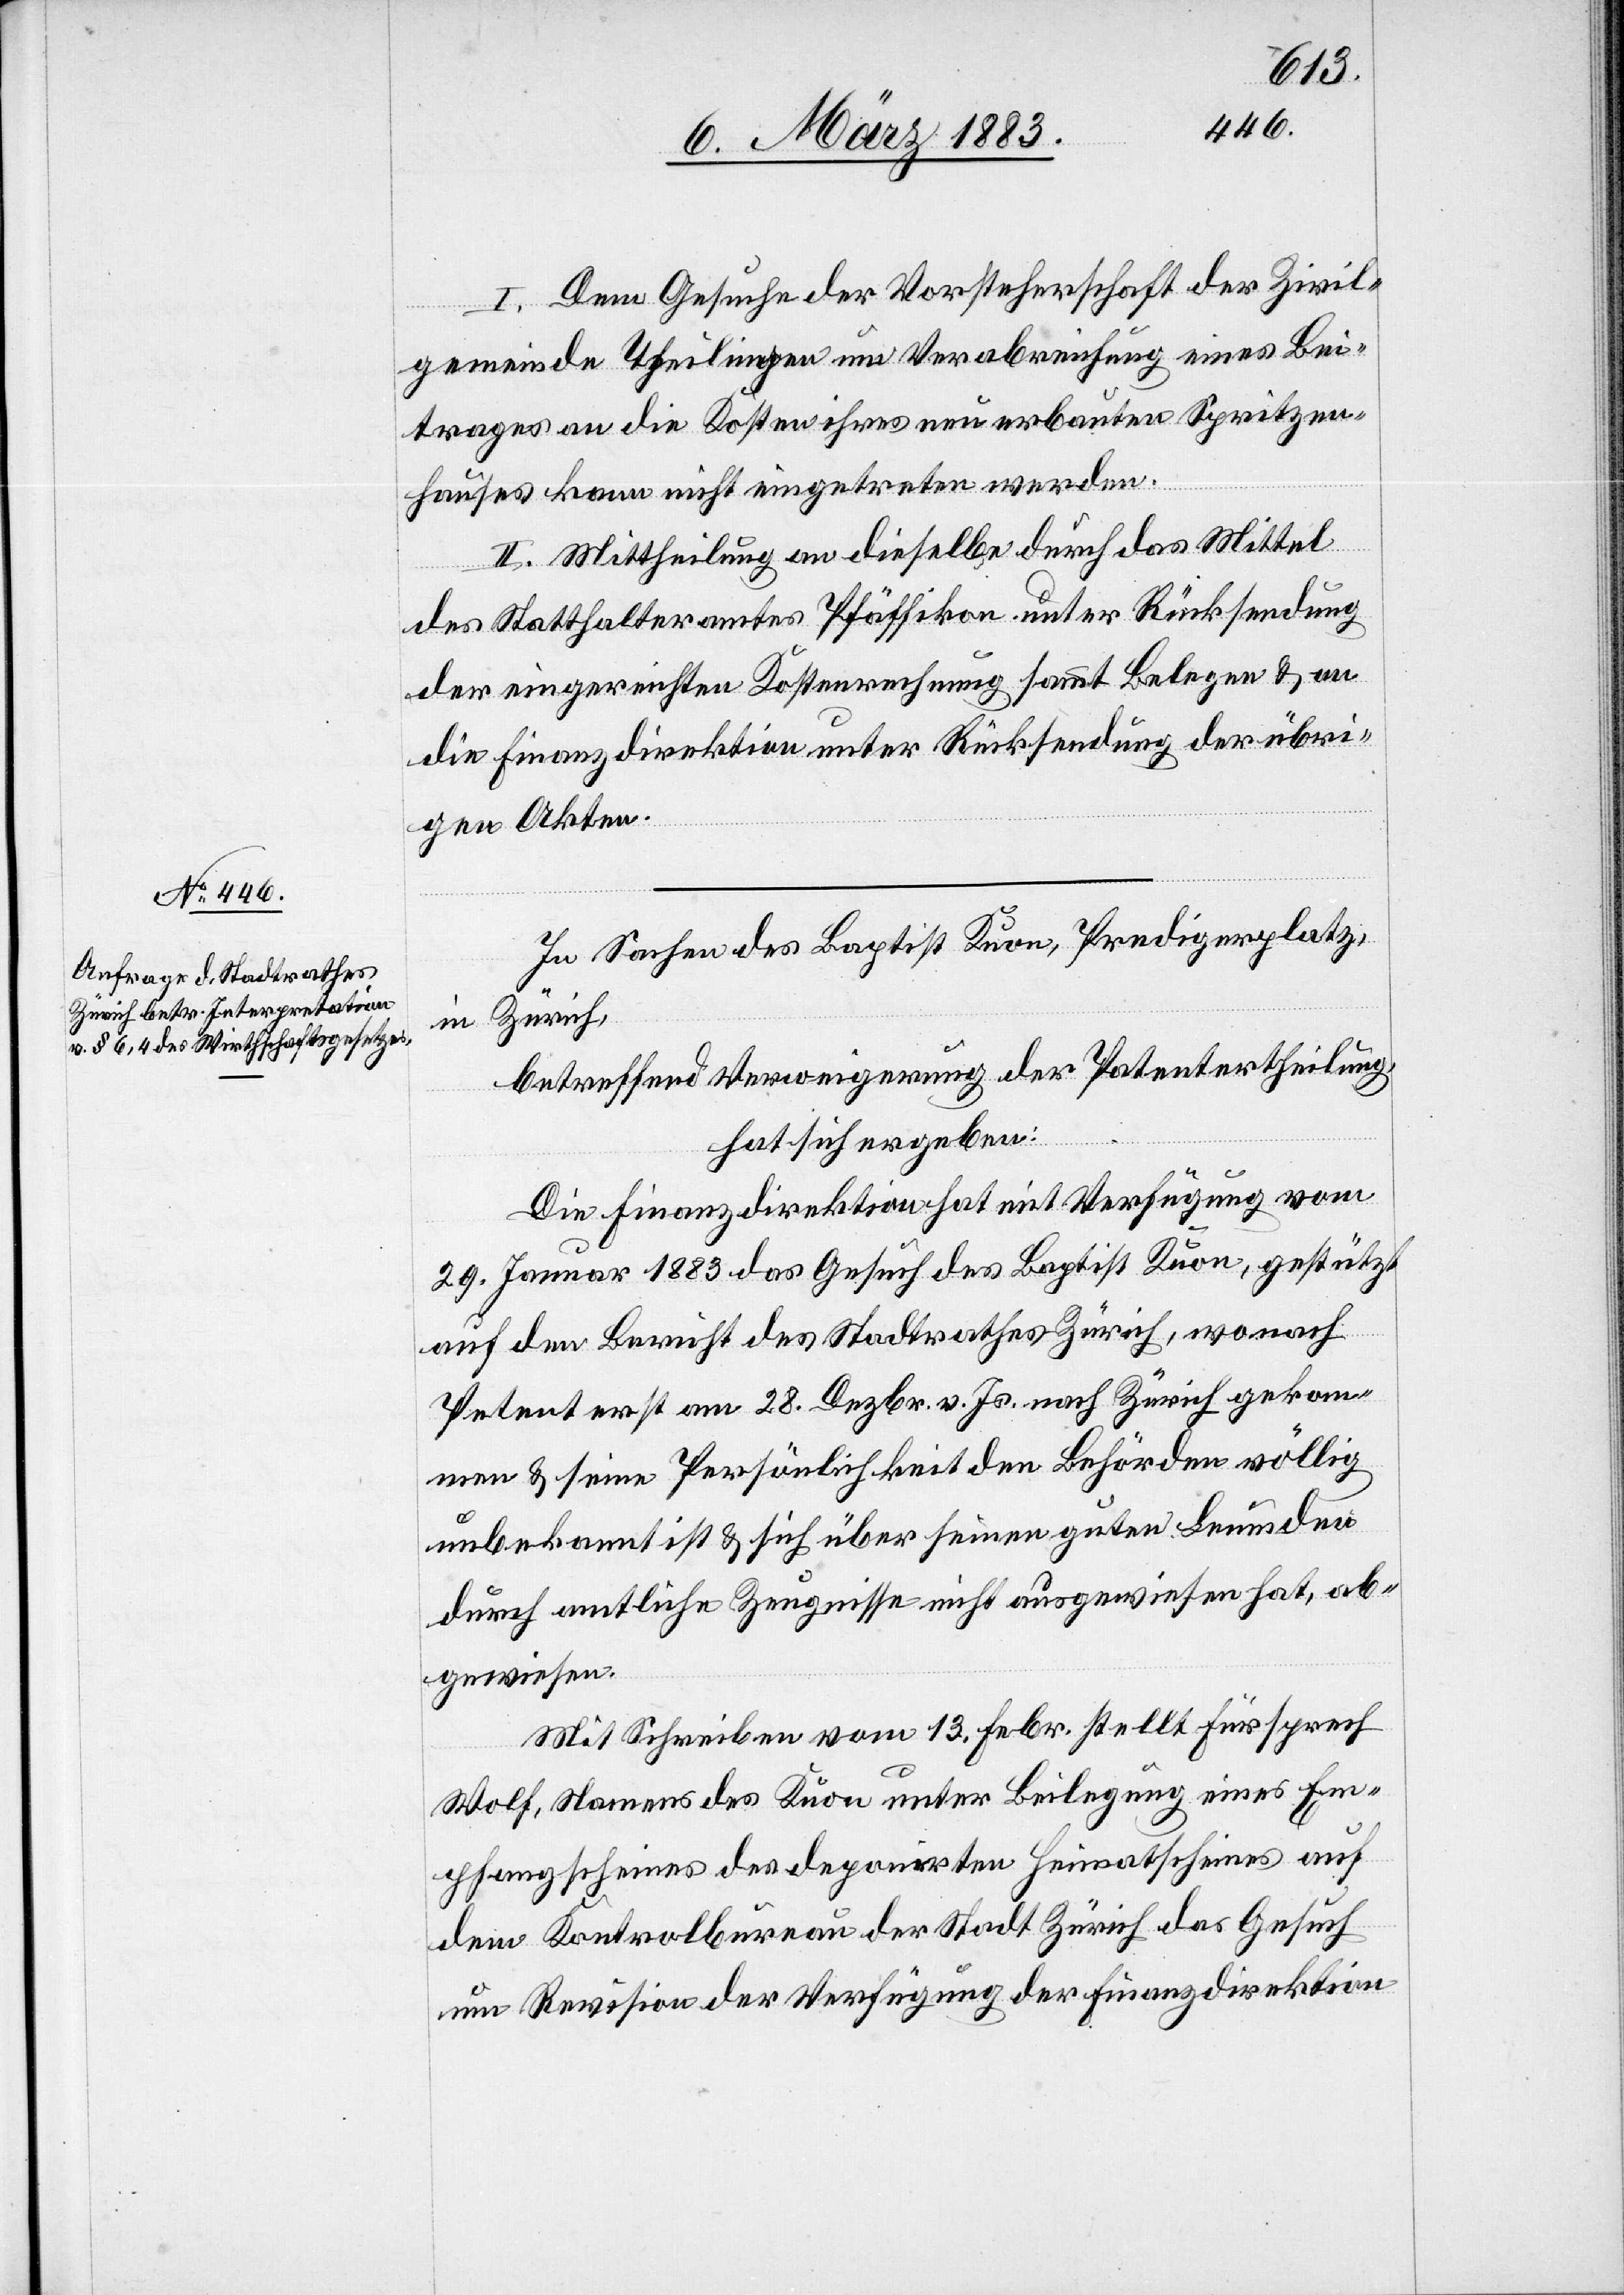
I. Dem Gesuche der Vorsteherschaft der Zivil¬
gemeinde Theilingen um Verabreichung eines Bei¬
trages an die Kosten ihres neu erbauten Spritzen¬
hauses kann nicht eingetreten [sic!] werden.
II. Mittheilung an dieselbe durch das Mittel
des Statthalteramtes Pfäffikon unter Rücksendung
der eingereichten Kostenrechnung sammt Belegen & an
die Finanzdirektion unter Rücksendung der übri¬
gen Akten.
In Sachen des Baptist Kuon, Predigerplatz,
in Zürich,
betreffend Verweigerung der Patentertheilung,
hat sich ergeben:
Die Finanzdirektion hat mit Verfügung vom
29. Januar 1883 das Gesuch des Baptist Kuon, gestützt
auf den Bericht des Stadtrathes Zürich, wonach
Petent erst am 28. Dezbr. v. Js. nach Zürich gekom¬
men & seine Persönlichkeit den Behörden völlig
unbekannt ist & sich über seinen guten Leumden
durch amtliche Zeugnisse nicht ausgewiesen hat, ab¬
gewiesen.
Mit Schreiben vom 13. Febr. stellt Fürsprech
Wolf, Namens des Kuon unter Beilegung eines Em¬
pfangscheines des deponirten Heimatscheines auf
dem Kontrolbureau der Stadt Zürich das Gesuch
um Revision der Verfügung der Finanzdirektion